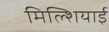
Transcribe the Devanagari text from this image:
मिल्शियाई